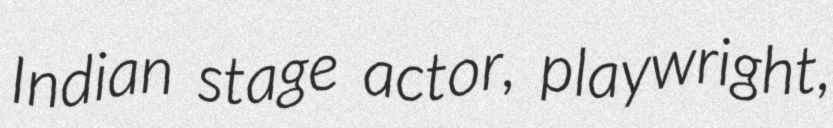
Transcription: Indian stage actor, playwright,